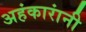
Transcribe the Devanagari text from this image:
अहंकारांनी